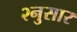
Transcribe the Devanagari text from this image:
२नुसार